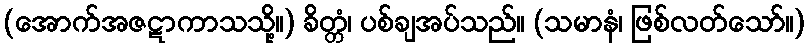
(အောက်အဇဋာကာသသို့။) ခိတ္တံ၊ ပစ်ချအပ်သည်။ (သမာနံ၊ ဖြစ်လတ်သော်။)